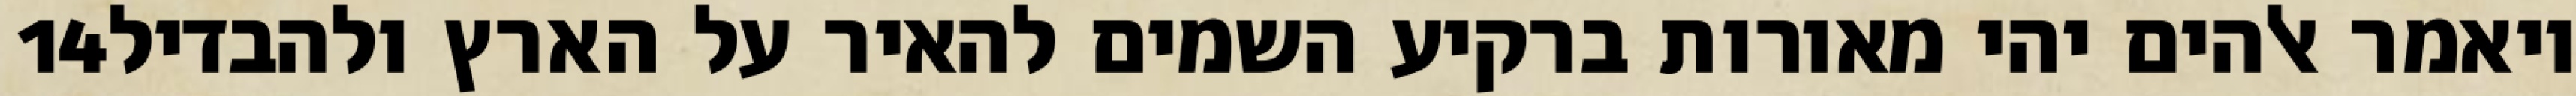
‎14‏ ויאמר אלהים יהי מאורות ברקיע השמים להאיר על הארץ ולהבדיל